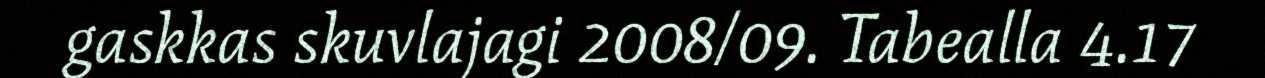
gaskkas skuvlajagi 2008/09. Tabealla 4.17